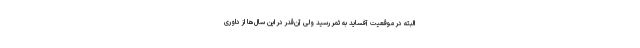
البته در موقعیت آفساید به ثمر رسید ولی آن‌قدر در این سال‌ها از داوری